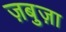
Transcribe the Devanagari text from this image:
ज़बुज़ा